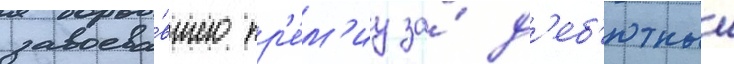
завоева́вшего пр'е́м'иу за́ д'еб'ютныи